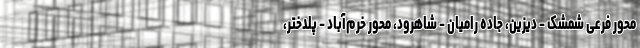
محور فرعی شمشک - دیزین، جاده رامیان - شاهرود، محور خرم‌آباد - پلدختر،